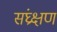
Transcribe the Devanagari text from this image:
संघ्रक्षण